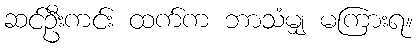
ဆင်ဦးကင်း ထက်က ဘာသံမျှ မကြားရ။